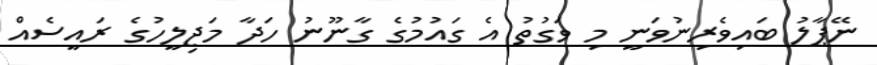
ނޭޕާލު ބައިވެރިނުވަނީ މި ވަގުތު އެ ގައުމުގެ ގާނޫނު ހަދާ މަޖިލީހުގެ ރައީސެއް